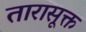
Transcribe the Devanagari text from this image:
तारासूक्त